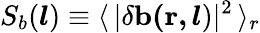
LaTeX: S_{b}(\boldsymbol{l})\equiv\langle\, \mathbf{\lvert\delta b(r,}\, \boldsymbol{l})\rvert^{2}\, \rangle_{r}